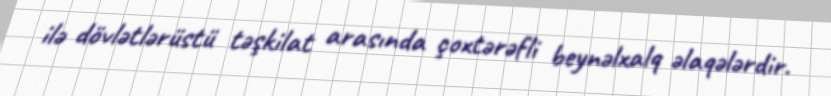
ilə dövlətlərüstü təşkilat arasında çoxtərəfli beynəlxalq əlaqələrdir.